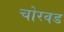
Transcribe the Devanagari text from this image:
चोरवड